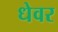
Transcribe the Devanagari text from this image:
धेवर